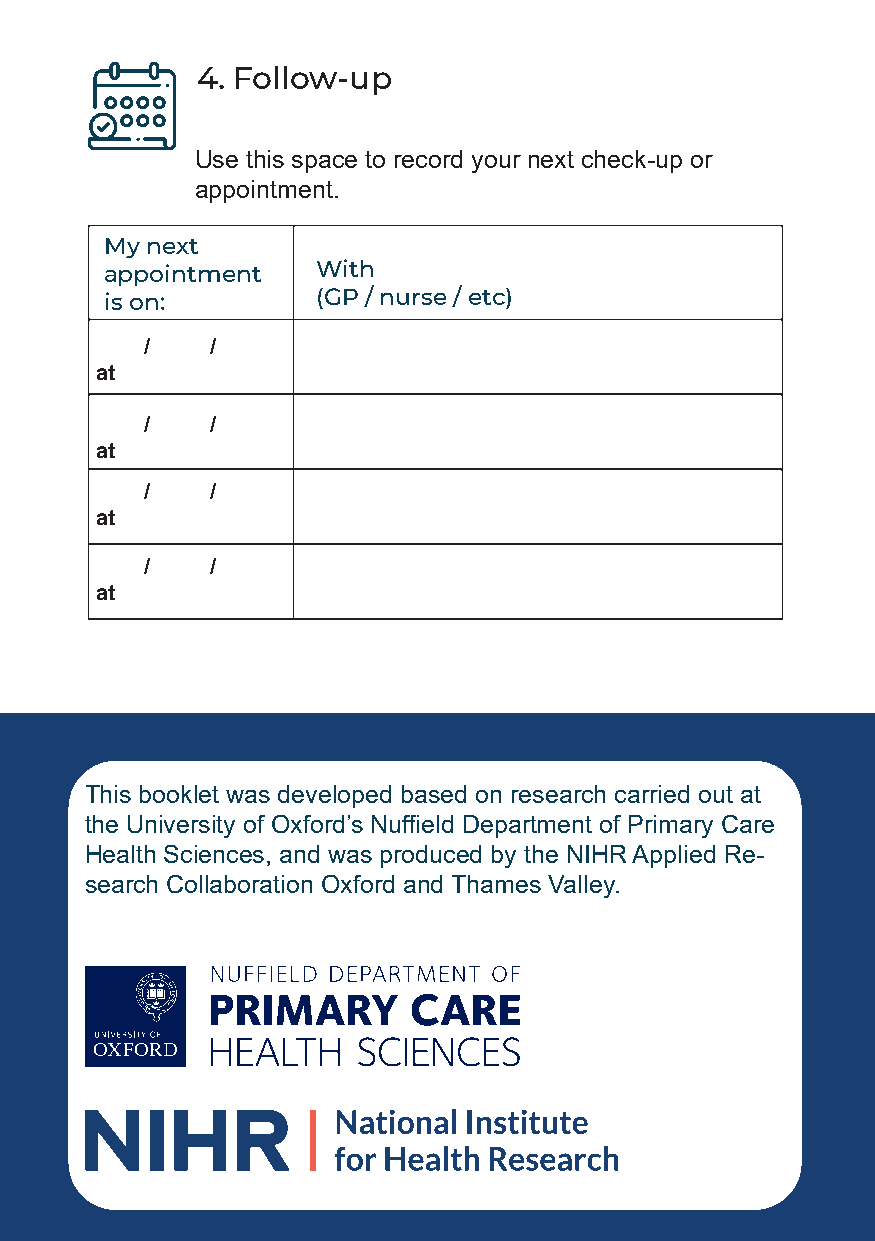
4. Follow-up
 Use this space to record your next check-up or
 appointment.
 My next
 appointment   With
 is on:        (GP / nurse / etc)
 /   /
 at
 /   /
 at
 /   /
 at
 /   /
 at
 This booklet was developed based on research carried out at
 the University of Oxford’s Nuffield Department of Primary Care
 Health Sciences, and was produced by the NIHR Applied Re-
 search Collaboration Oxford and Thames Valley.
 20